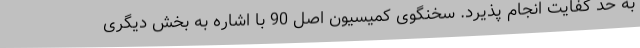
به حد کفایت انجام پذیرد. سخنگوی کمیسیون اصل 90 با اشاره به بخش دیگری